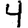
Digit: 4